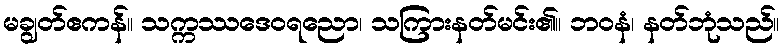
မချွတ်ဧကန်။ သက္ကဿဒေဝရညော၊ သကြားနတ်မင်း၏။ ဘဝနံ၊ နတ်ဘုံသည်။